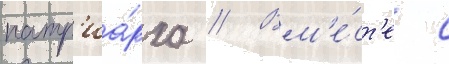
патр'иа́рха // Вм'е́ст'е с